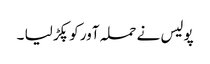
پولیس نے حملہ آور کو پکڑ لیا ۔